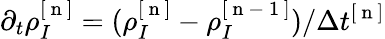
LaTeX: \partial_{t}\rho_{I}^{[\mathrm{~n~}]}=(\rho_{I}^{[\mathrm{~n~}]}-\rho_{I}^{[\mathrm{~n~-~1~}]})/\Delta t^{[\mathrm{~n~}]}